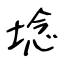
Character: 埝